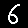
Digit: 6